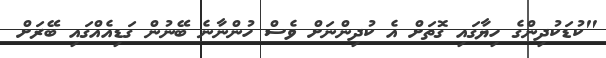
"ކުޑަކުދިންގެ ހިޔާގައި ގޮތަށް އެ ކުދިންނަށް ވެސް ހުންނާނެ ބޭނުން ގަޑިއެއްގައި ބޭރަށް